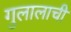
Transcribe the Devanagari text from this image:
गुलालाची